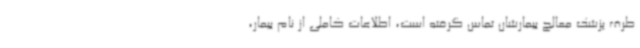
طرف پزشک معالج بیمارشان تماس گرفته است، اطلاعات کاملی از نام بیمار،